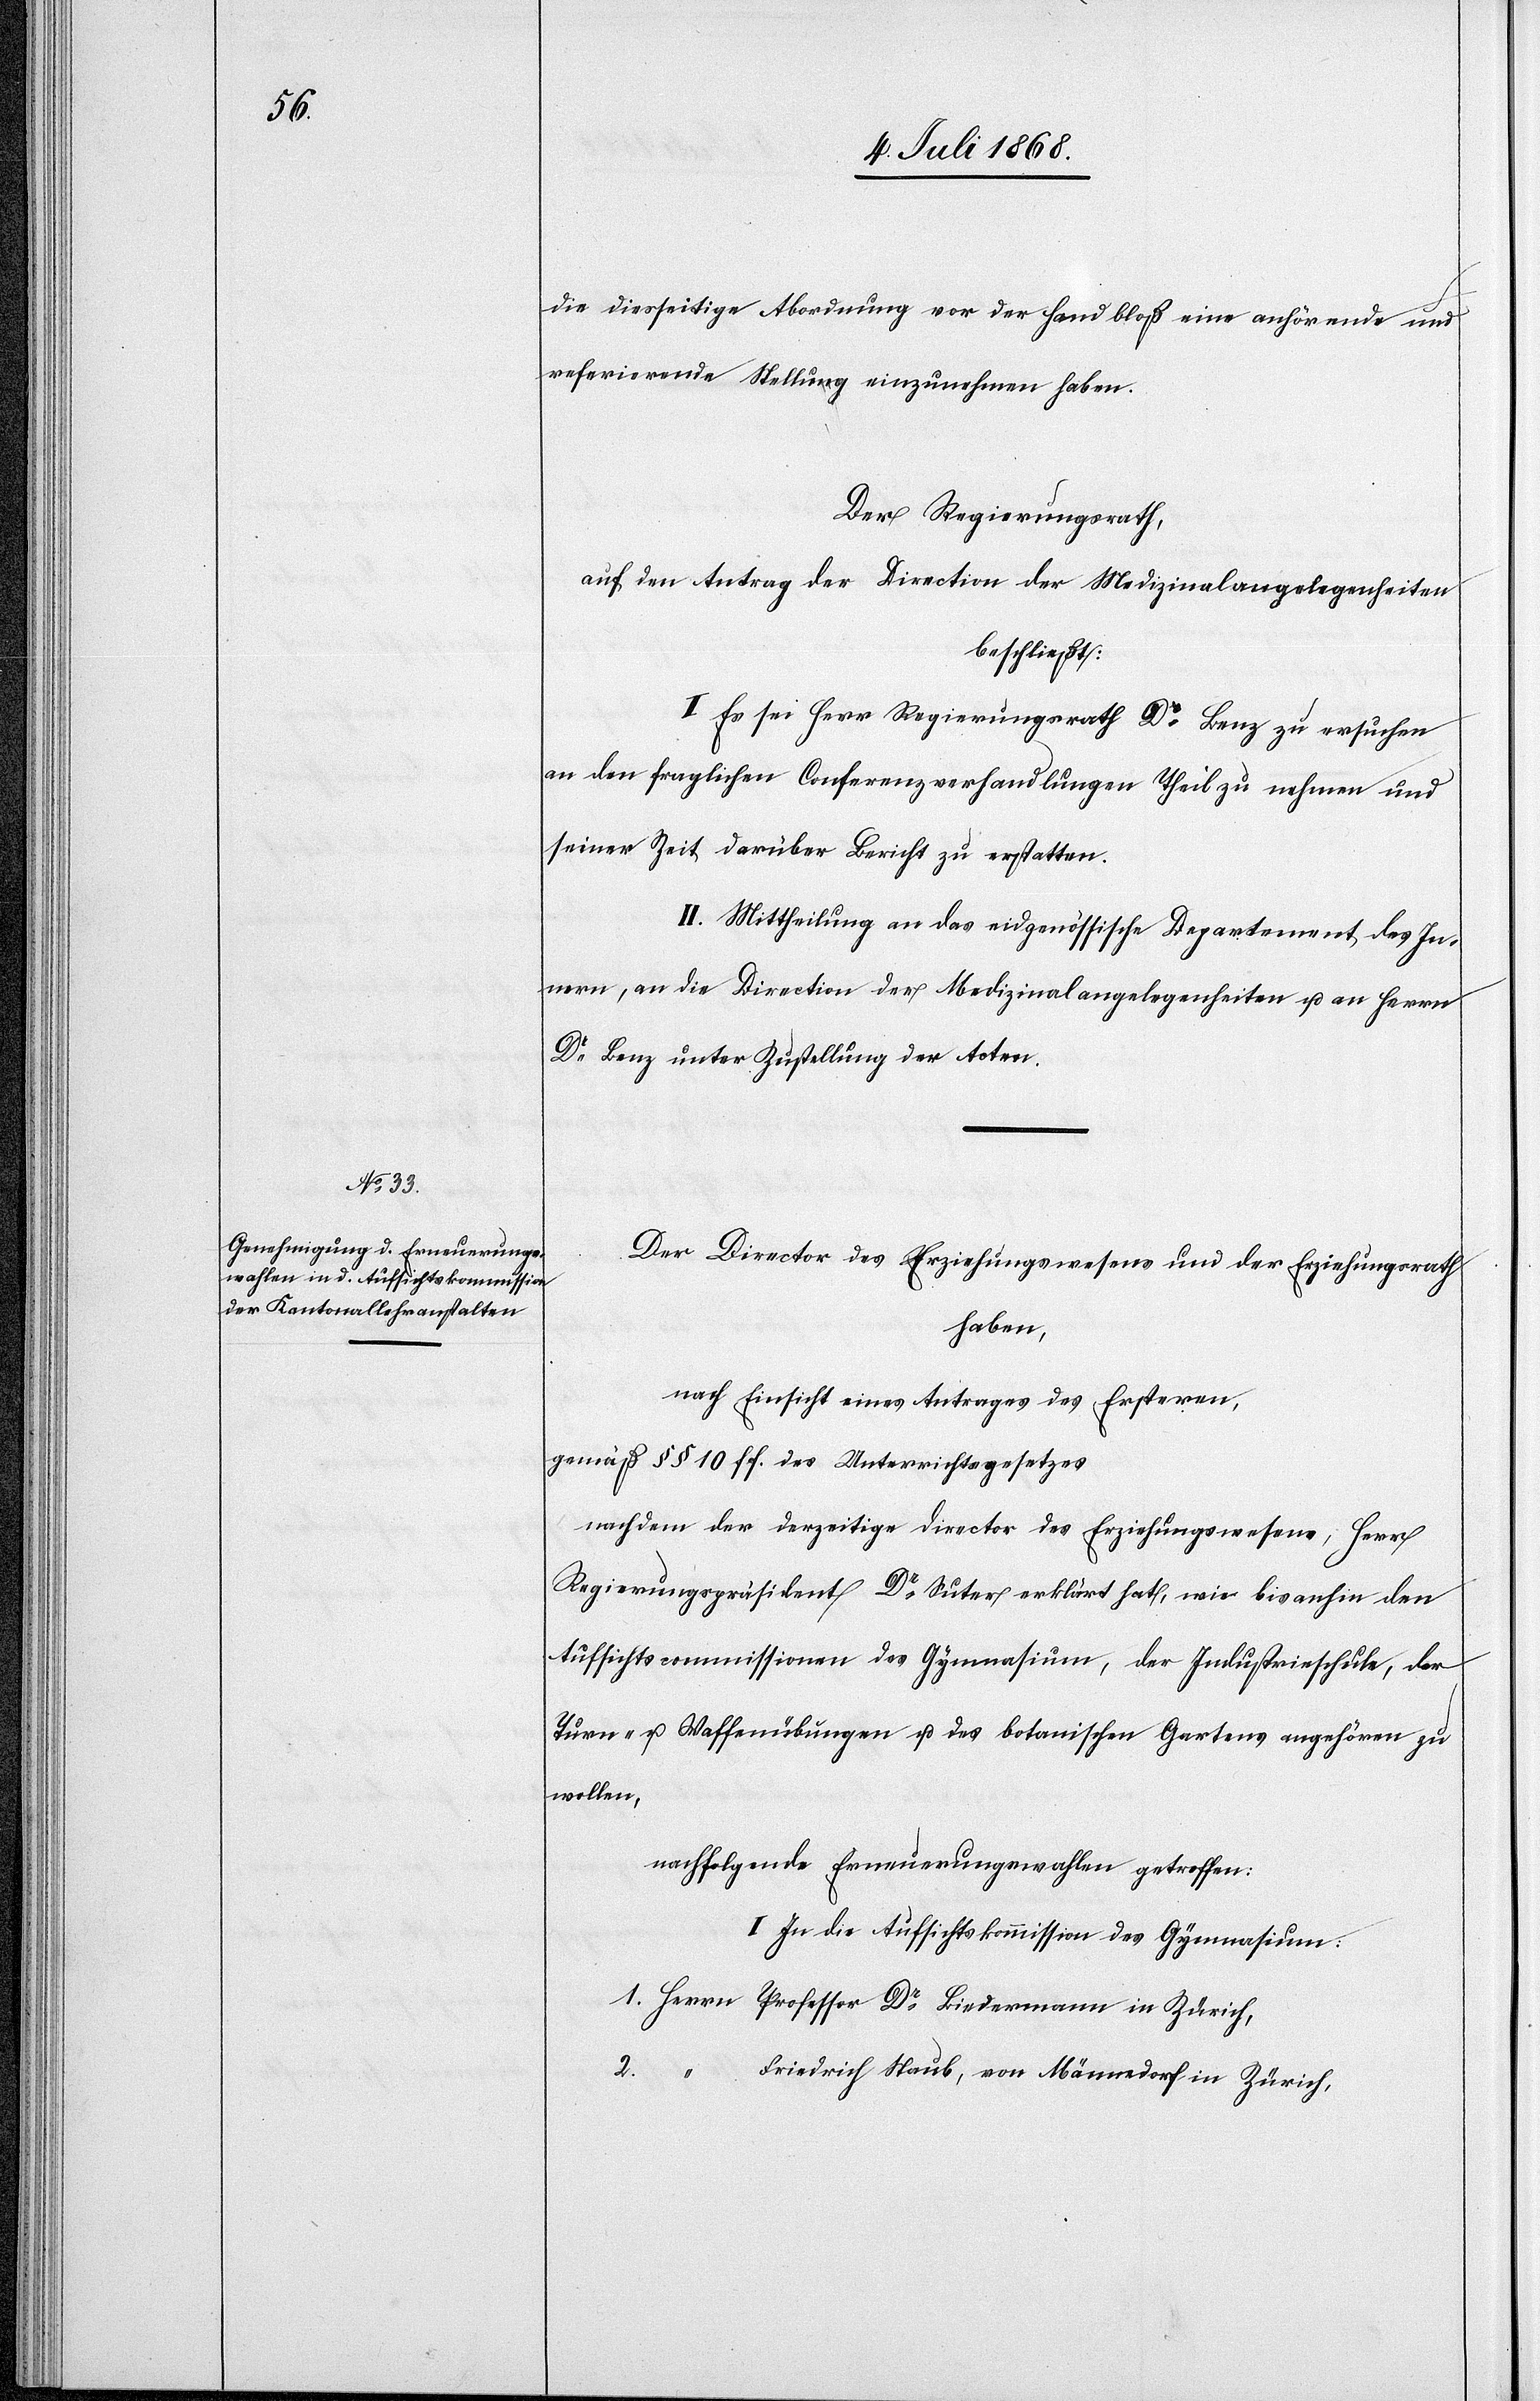
die diesseitige Abordnung vor der Hand bloß eine anhörende und
referierende Stellung einzunehmen haben.
Der Regierungsrath,
auf den Antrag der Direction der Medizinalangelegenheiten
beschließt:
I. Es sei Herr Regierungsrath Dr Benz zu ersuchen
an den fraglichen Conferenzverhandlungen Theil zu nehmen und
seiner Zeit darüber Bericht zu erstatten.
II. Mittheilung an das eidgenössische Departement des In¬
nern, an die Direction der Medizinalangelegenheiten u. an Herrn
Dr Benz unter Zustellung der Acten.
Der Director des Erziehungswesens und der Erziehungsrath
haben,
nach Einsicht eines Antrages des Ersteren,
gemäß §§ 10 ff. des Unterrichtsgesetzes
nachdem der derzeitige Director des Erziehungswesens, Herr
Regierungspräsident Dr Suter erklärt hat, wie bisanhin den
Aufsichtscommissionen des Gymnasium, der Industrieschule, der
Turn- u. Waffenübungen u. des botanischen Gartens angehören zu
wollen,
nachfolgende Erneuerungswahlen getroffen:
I. In die Aufsichtskommission des Gymnasium:
1. Herrn Professor Dr Biedermann in Zürich,
2.
Friedrich Staub, von Männedorf in Zürich,